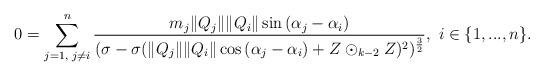
LaTeX: \begin{align*} 0=\sum\limits_{j=1,\textrm{ }j\neq i}^{n}\frac{m_{j}\|Q_{j}\|\|Q_{i}\|\sin{(\alpha_{j}-\alpha_{i})}}{(\sigma-\sigma(\|Q_{j}\|\|Q_{i}\|\cos{(\alpha_{j}-\alpha_{i})}+Z\odot_{k-2}Z)^{2})^{\frac{3}{2}}},\textrm{ }i\in\{1,...,n\}. \end{align*}